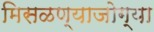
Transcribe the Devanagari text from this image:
मिसळण्याजोग्या